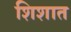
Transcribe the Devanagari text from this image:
शिशात